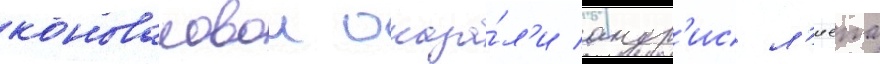
коноваловои оказа́л'и андр'ис л'иепа